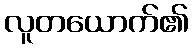
လူတယောက်၏